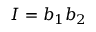
I = b _ { 1 } b _ { 2 }